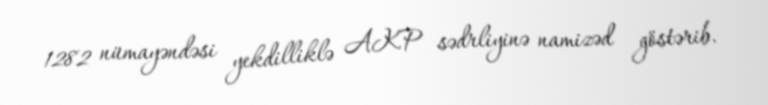
1282 nümayəndəsi yekdilliklə AKP sədrliyinə namizəd göstərib.